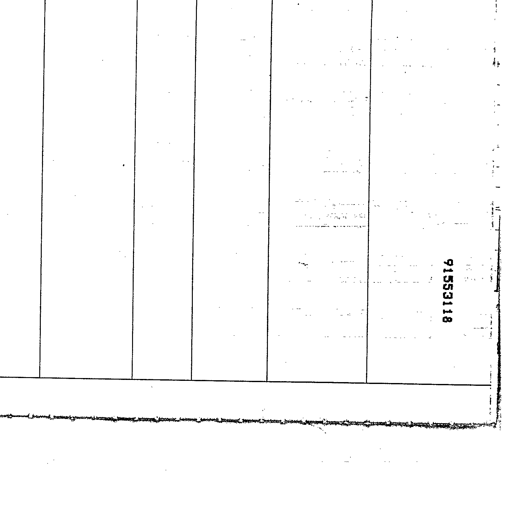
91553118